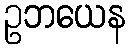
ဥဘယေန